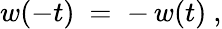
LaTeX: w(-t)~=\; -\, w(t)~,